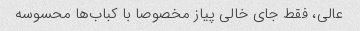
عالی، فقط جای خالی پیاز مخصوصا با کباب‌ها محسوسه